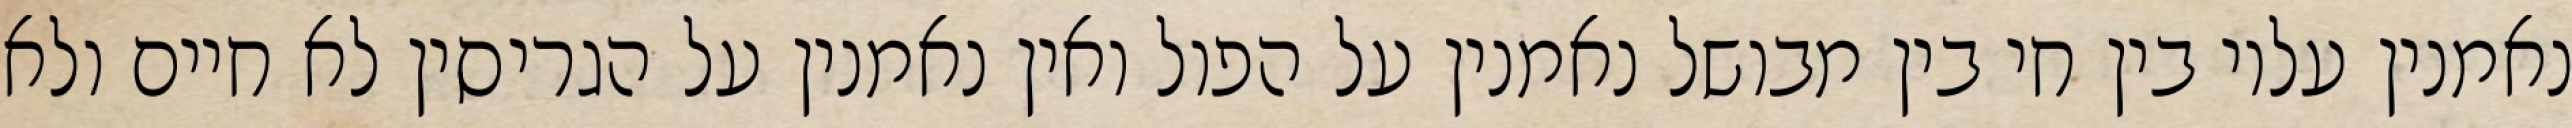
נאמנין עליו בין חי בין מבושל נאמנין על הפול ואין נאמנין על הגריסין לא חיים ולא